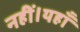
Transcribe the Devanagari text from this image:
नहीं।यहाँ